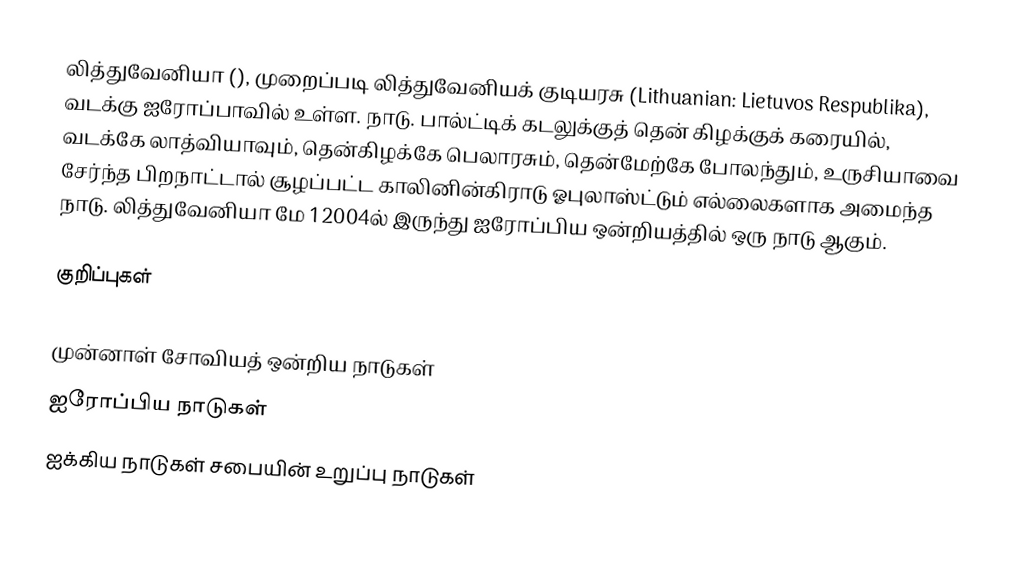
லித்துவேனியா (), முறைப்படி லித்துவேனியக் குடியரசு (Lithuanian: Lietuvos Respublika), வடக்கு ஐரோப்பாவில் உள்ள. நாடு. பால்ட்டிக் கடலுக்குத் தென் கிழக்குக் கரையில், வடக்கே லாத்வியாவும், தென்கிழக்கே பெலாரசும், தென்மேற்கே போலந்தும், உருசியாவை சேர்ந்த பிறநாட்டால் சூழப்பட்ட காலினின்கிராடு ஓபுலாஸ்ட்டும் எல்லைகளாக அமைந்த நாடு. லித்துவேனியா மே 1 2004ல் இருந்து ஐரோப்பிய ஒன்றியத்தில் ஒரு நாடு ஆகும்.

குறிப்புகள்

முன்னாள் சோவியத் ஒன்றிய நாடுகள்
ஐரோப்பிய நாடுகள்
ஐக்கிய நாடுகள் சபையின் உறுப்பு நாடுகள்